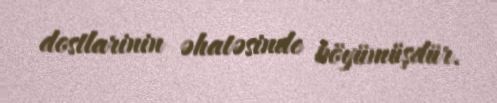
dostlarinin əhatəsinde böyümüşdür.